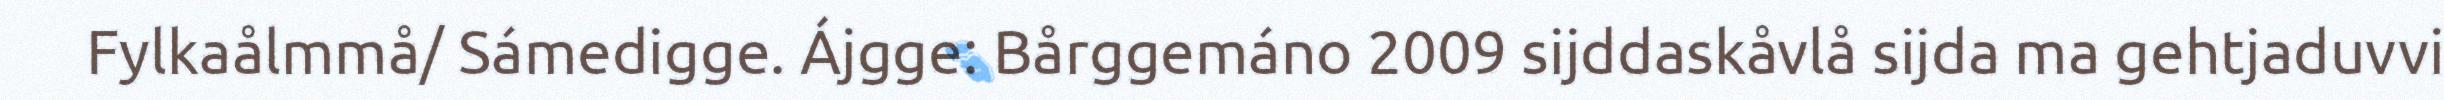
Fylkaålmmå/ Sámedigge. Ájgge: Bårggemáno 2009 sijddaskåvlå sijda ma gehtjaduvvi